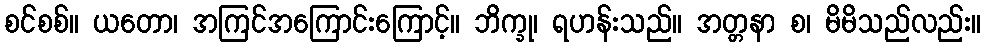
စင်စစ်။ ယတော၊ အကြင်အကြောင်းကြောင့်။ ဘိက္ခု၊ ရဟန်းသည်။ အတ္တနာ စ၊ မိမိသည်လည်း။